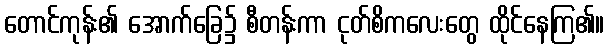
တောင်ကုန်း၏ အောက်ခြေ၌ စီတန်းကာ ငုတ်စိကလေးတွေ ထိုင်နေကြ၏။